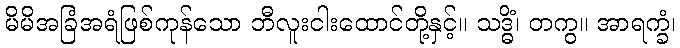
မိမိအခြံအရံဖြစ်ကုန်သော ဘီလူးငါးထောင်တို့နှင့်။ သဒ္ဓိံ၊ တကွ။ အာရက္ခံ၊